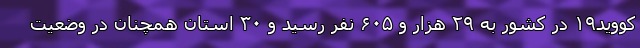
کووید۱۹ در کشور به ۲۹ هزار و ۶۰۵ نفر رسید و ۳۰ استان همچنان در وضعیت